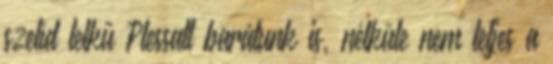
szelíd lelkű Plessatt barátunk is, nélküle nem teljes a